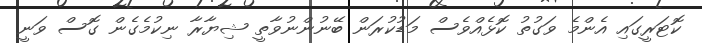
ކޮޓަރީގައި އެންމެ ވަގުތު ކޮޅެއްވެސް މަޑުކުރަން ބޭނުންނުވާތީ ޝިޔާރާ ނިކުމެގެން ގޮސް ވަނީ